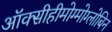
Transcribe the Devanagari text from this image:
ऑक्सीहीमोग्मोग्लोबिन